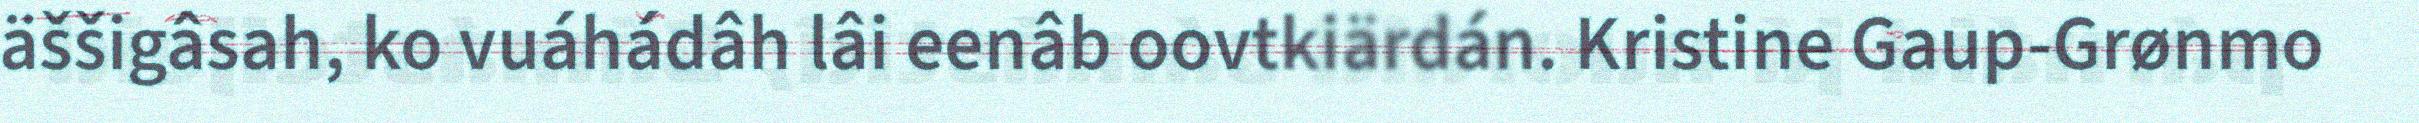
äššigâsah, ko vuáhádâh lâi eenâb oovtkiärdán. Kristine Gaup-Grønmo